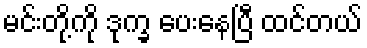
မင်းတို့ကို ဒုက္ခ ပေးနေပြီ ထင်တယ်